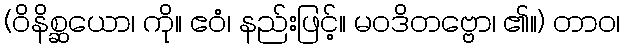
(ဝိနိစ္ဆယော၊ ကို။ ဧဝံ၊ နည်းဖြင့်။ မဝဒိတဗ္ဗော၊ ၏။) တာဝ၊